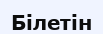
Білетін